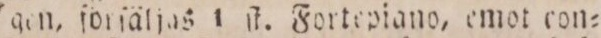
gen, förſäljas 1 ſt. Fortepiano, emot con=